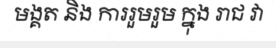
មង្គត និង ការរួមរួម ក្នុង រាជ វា